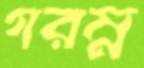
গরম্ন